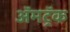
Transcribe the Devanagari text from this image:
ॲमट्रॅक